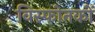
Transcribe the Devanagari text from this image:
विस्फोतकों